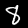
Digit: 8